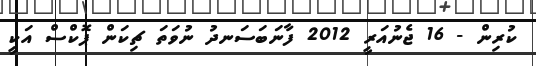
ކުރިން - 16 ޖެނުއަރީ 2012 ފާނަބަސަނދު ނުވަތަ ޗިކަން ޕޮކްސް އަކީ